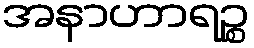
အနာဟာရဉ္စ